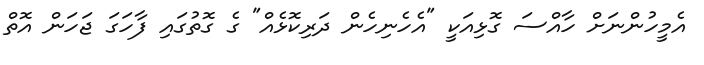
އެމީހުންނަށް ހާއްސަ ގޮޅިއަކީ "އެހެނިހެން ދަރިކޮޅެއް" ގެ ގޮތުގައި ފާހަގަ ޖަހަން އޮތް